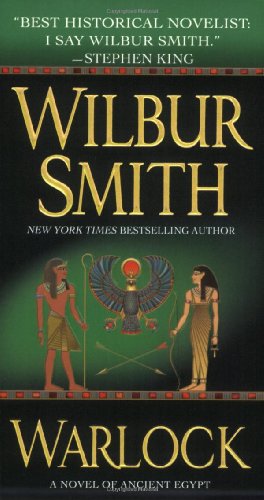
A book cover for Warlock: A Novel of Ancient Egypt (Novels of Ancient Egypt); Wilbur Smith; Literature & Fiction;